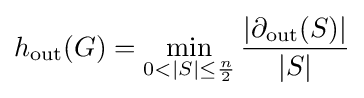
h_{\text{out}}(G)=\min _{0<|S|\leq {\frac {n}{2}}}{\frac {|\partial _{\text{out}}(S)|}{|S|}}